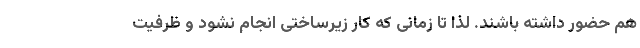
هم حضور داشته باشند. لذا تا زمانی که کار زیرساختی انجام نشود و ظرفیت